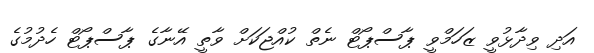
އަދި ވިދާޅުވީ ޒަހަމްވީ ޕާސްޕޯޓް ނެތް ކުއްޖަކަށް ވާތީ އޭނާގެ ޕާސްޕޯޓް ހެދުމުގެ